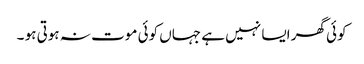
کوئی گھر ایسا نہیں ہے جہاں کوئی موت نہ ہوتی ہو ۔